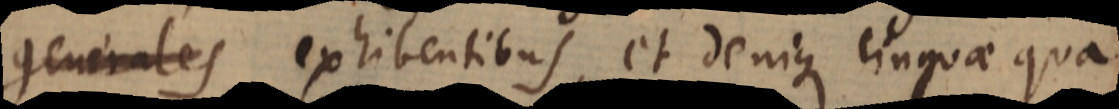
generales exhibentibus, et denique linguae qua